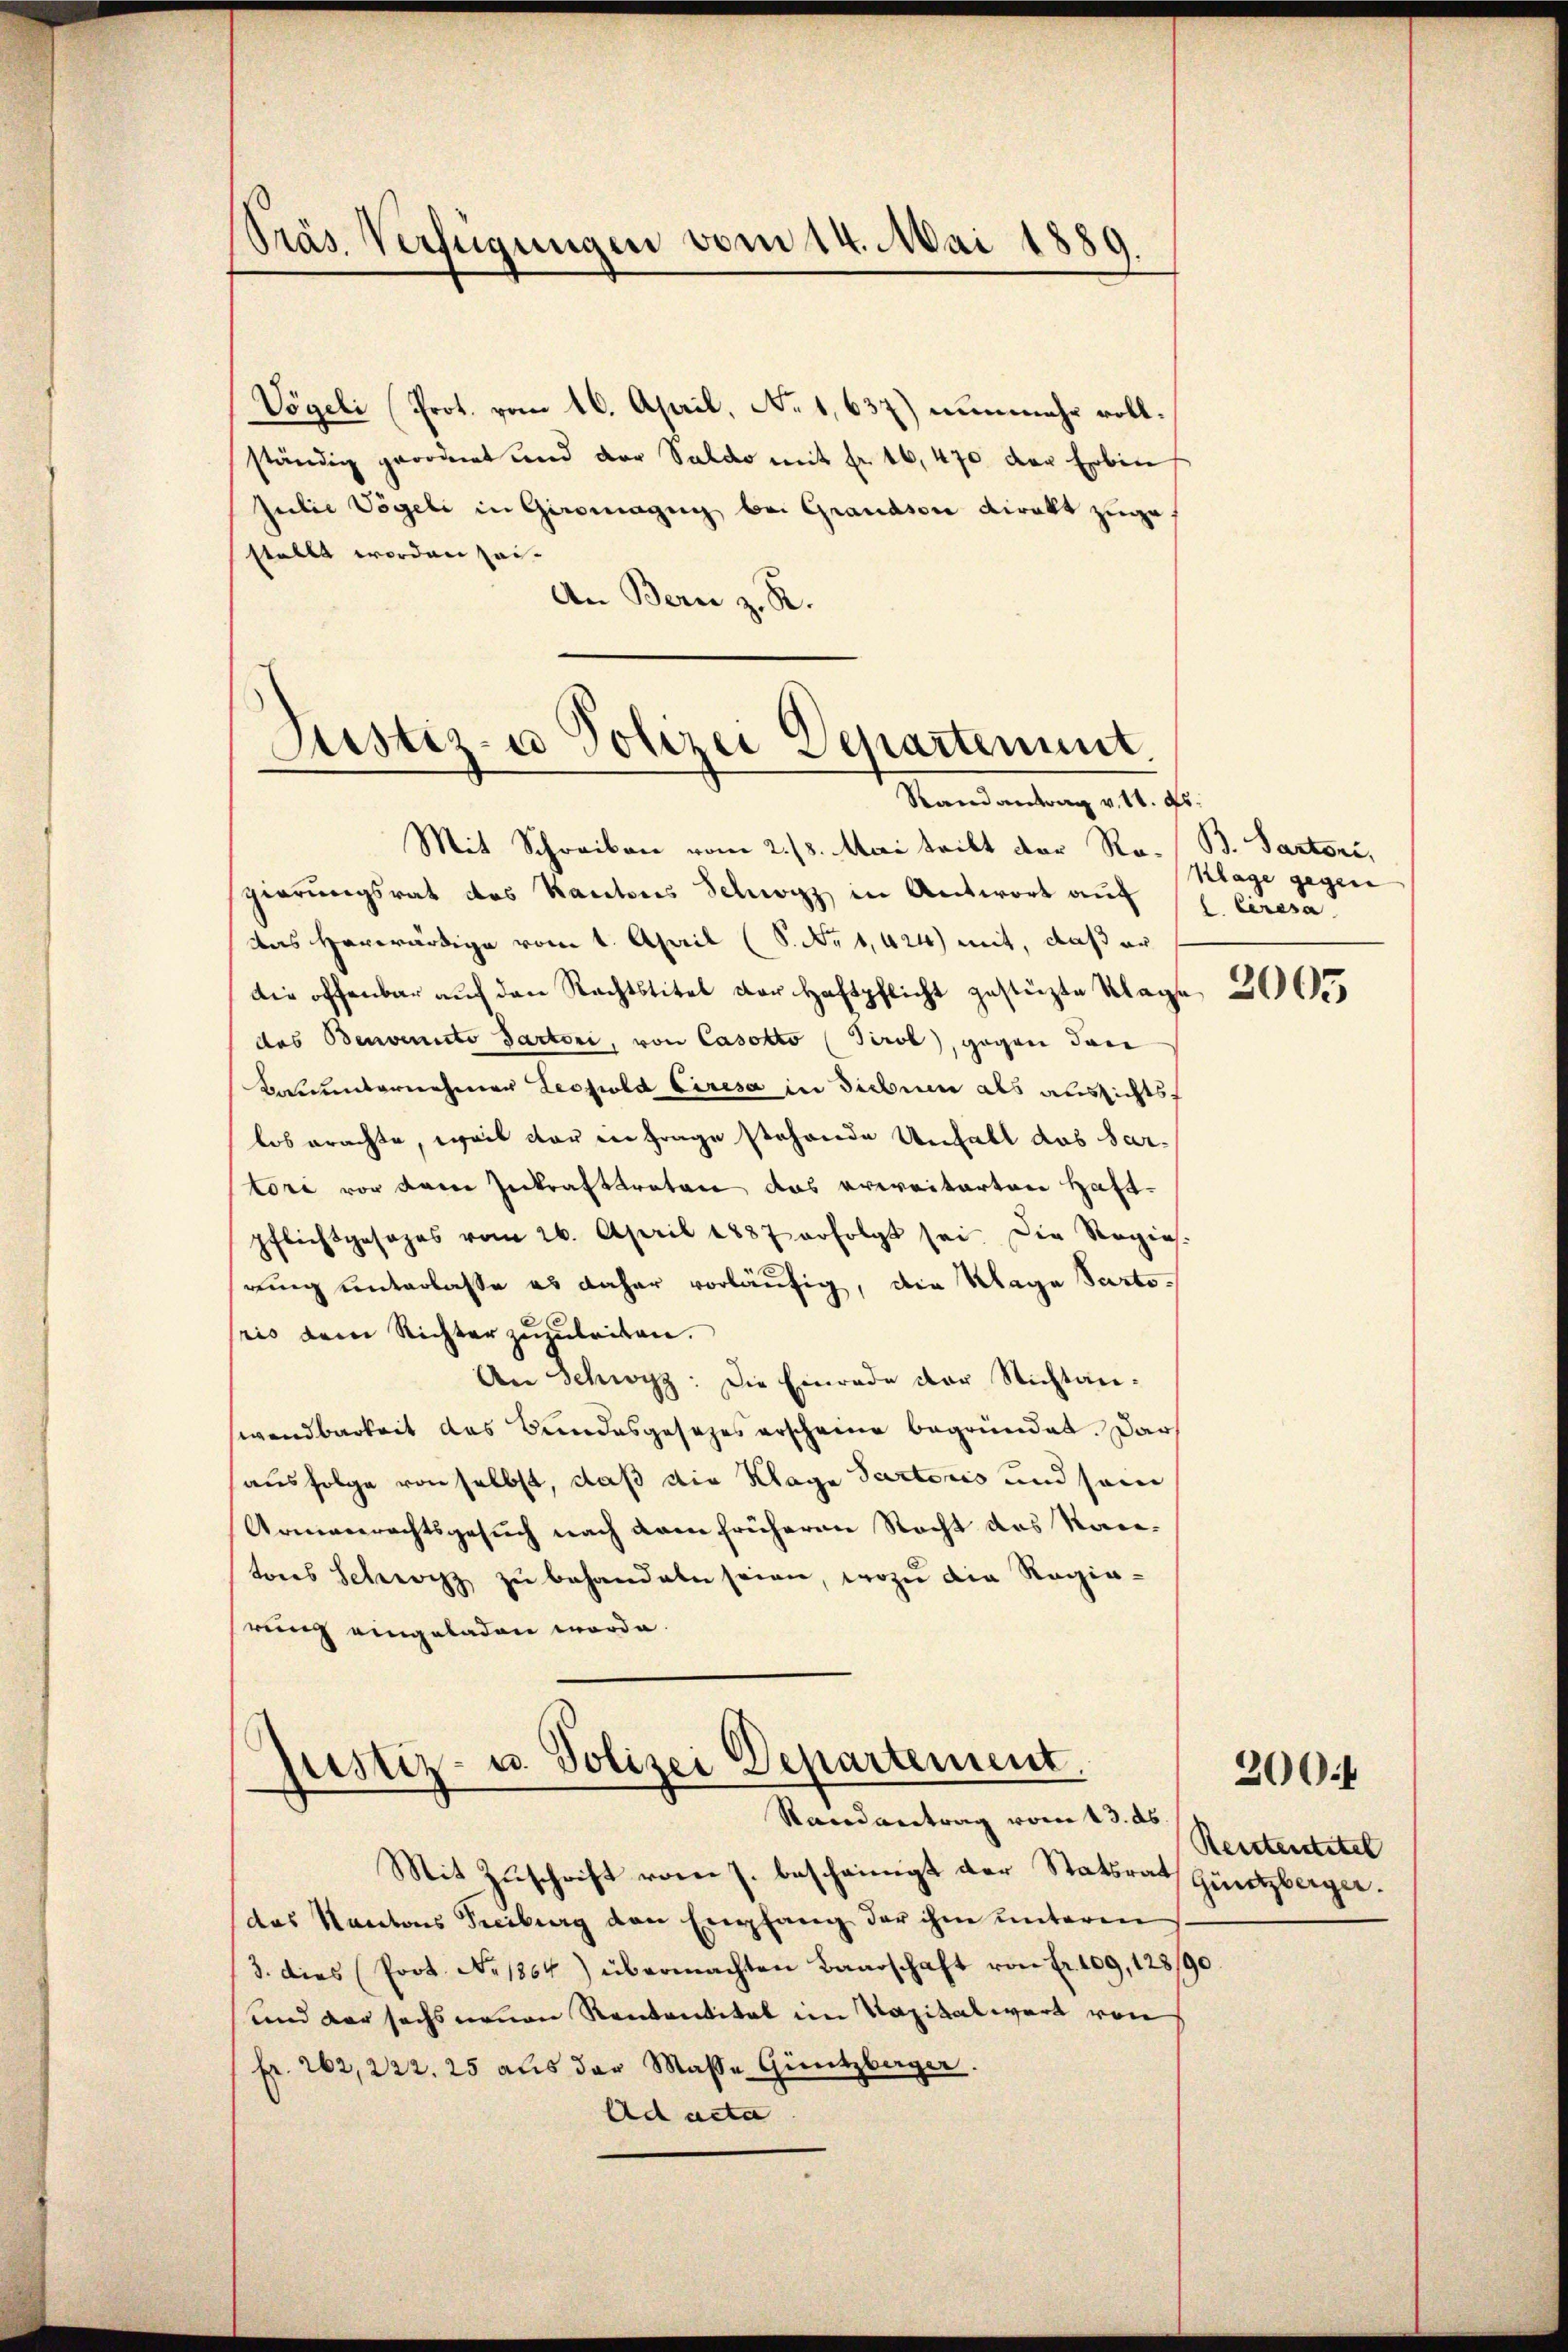
Präs. Verfügungen vom 14. Mai 1889.

Vögeli Prot. vom 16. April, No 1,637) nunmehr vollständig geordnet und der Saldo mit fr. 16, 470 der Erbenf
Julie Vögeli in Giromagen bei Grandson viralt zugestellt worden sei.
An Bern z. R.

Justiz- u Polizei Departement.
Randantrag v. 11. ds.

Mit Schreiben vom 2./8. Mai teilt der Rogierungsrat des Kantons Schwyz in Antwort auf (l. Ciresa
das herwärtige vom 1. April (S. Nr. 1,424) mit, daß er
die offenbar aŭf den Rechtstitel der Haftpflicht gestüzte Klage
das Benvenuto Factori, von Casokto (Tirol, gegen dan
Beunternehmen Leopold Ciresa in Siebnen als aussichtsf
los erachte, weil der in Frage stehende Unfall das Sartori vor der Inkrafttreten das erweiterten Haft-
pflichtgesages vom 26. April 1887 erfolgt sei. Die Regies-
rung unterlasse es daher vorläufig, die Klage Partoris dem Richter zuzuleiten.
An Schwyz: Die Einrade der Nichtanwendbarkeit das Bundesgesezes erscheine begründet. Dars
ausfolge von selbst, daß die Klage Partoris und sein
Armenrechtsgesuch nach dem früheren Recht das Kantons Schwarz zu behandeln seien, wozu die Regierung eingeladen worde.

Justiz- u. Polizei Departement.
Randantrag vom 13. ds

Mit Zuschrift vom J. bescheinigt der Statsrath Güntzberger.
das Kantons Treiburg den Empfang der ihm unteren
3. dies (Prot. No. 1864) übermachten Bandschaft von Fr. 109, 128/90
und der sechs neuen Rentantital im Kapitalwert von
Fr. 262, 222. 25 aus der Masse Güntzbager.
Ad acta

B. Pastori,
Klage gegen

2005

200f

Reitentitel